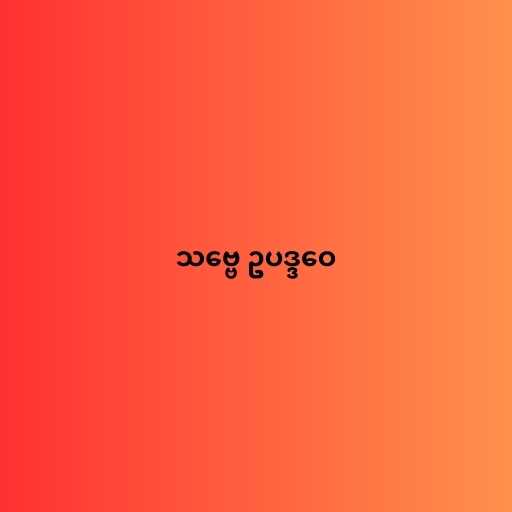
သဗ္ဗေ ဥပဒ္ဒဝေ